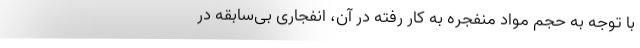
با توجه به حجم مواد منفجره به کار رفته در آن، انفجاری بی‌سابقه در